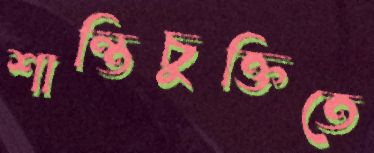
শান্তিচুক্তিতে